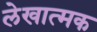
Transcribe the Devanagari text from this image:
लेखात्मक